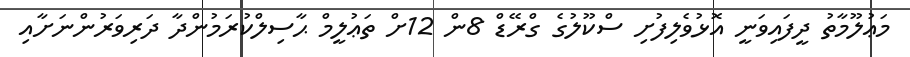
މަޢުލޫމާތު ދީފައިވަނީ އޮޅުވެލިފުށި ސްކޫލުގެ ގްރޭޑް 8ން 12ށް ތަޢުލީމް ޙާސިލްކުރަމުންދާ ދަރިވަރުންނަށާއި